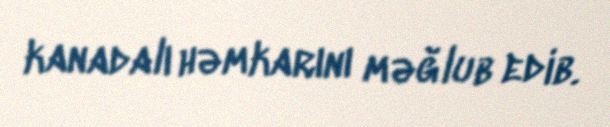
kanadalı həmkarını məğlub edib.